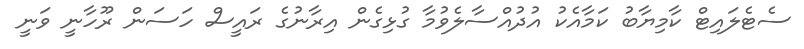
ސެޓެލައިޓް ކާމިޔާބު ކަމާއެކު އުދުއްސާލެވުމާ ގުޅިގެން އިރާނުގެ ރައީސް ހަސަން ރޫހާނީ ވަނީ